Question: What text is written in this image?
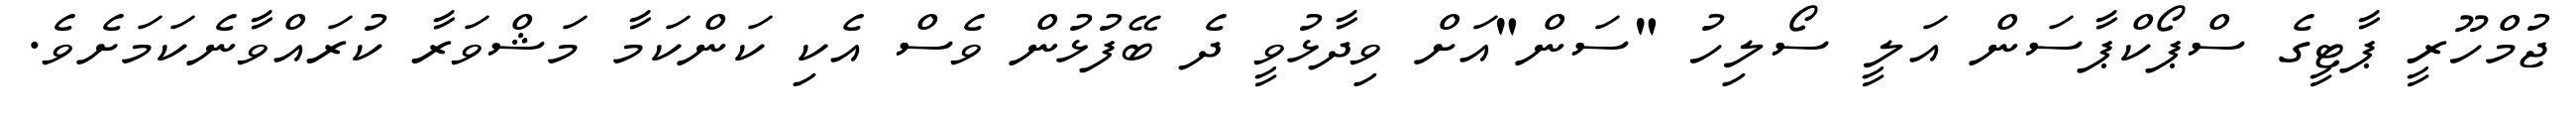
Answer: ޖުމްހޫރީ ޕާޓީގެ ސްޕޯކްޕާސަން އަލީ ސޯލިހު "ސަން"އަށް ވިދާޅުވީ ދެ ބޭފުޅުން ވެސް އެކި ކަންކަމާ މަޝްވަރާ ކުރައްވާނެކަމަށެވެ.